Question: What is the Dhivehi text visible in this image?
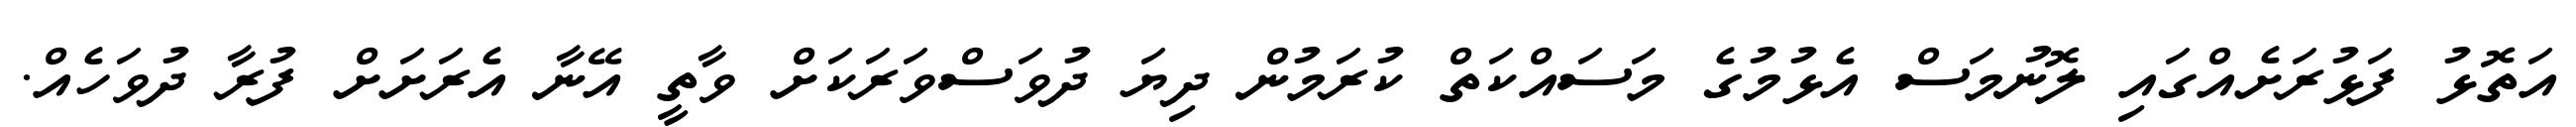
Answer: އަތޮޅު ފަޅުރަށެއްގައި ލޮނުމަސް އެޅުމުގެ މަސައްކަތް ކުރަމުން ދިޔަ ދުވަސްވަރަކަށް ވާތީ އޭނާ އެރަށަށް ފުރާ ދުވަހެއް.